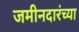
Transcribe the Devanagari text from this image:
जमीनदारंच्या